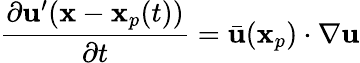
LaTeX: \frac{\partial\mathbf{u}^{\prime}(\mathbf{x}-\mathbf{x}_{p}(t))}{\partial t}=\bar{\mathbf{u}}(\mathbf{x}_{p})\cdot\nabla\mathbf{u}